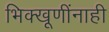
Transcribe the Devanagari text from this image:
भिक्खूणींनाही